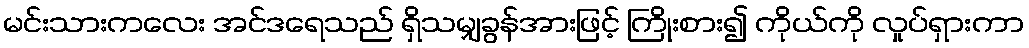
မင်းသားကလေး အင်ဒရေသည် ရှိသမျှခွန်အားဖြင့် ကြိုးစား၍ ကိုယ်ကို လှုပ်ရှားကာ